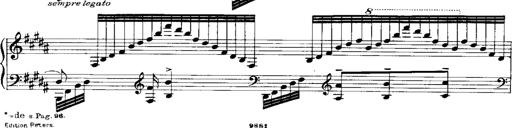
Title: RÃ©miniscences de Norma de Bellini
Composer: Franz Liszt